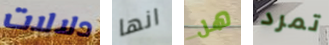
دلالات انها هل تمرد